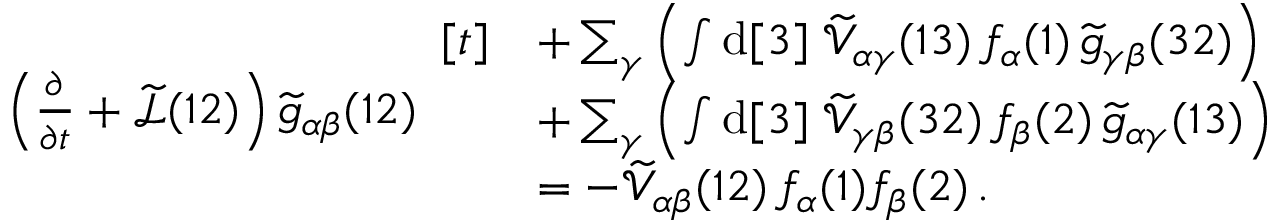
\begin{array} { r l } & { \left( \frac { \partial } { \partial t } + \widetilde { \mathcal { L } } ( 1 2 ) \right) \widetilde { g } _ { \alpha \beta } ( 1 2 ) \begin{array} { r l } { [ t ] } & { + \sum _ { \gamma } \left( \int \mathrm { d } [ 3 ] \; \widetilde { \mathcal { V } } _ { \alpha \gamma } ( 1 3 ) \, f _ { \alpha } ( 1 ) \, \widetilde { g } _ { \gamma \beta } ( 3 2 ) \right) } \\ & { + \sum _ { \gamma } \left( \int \mathrm { d } [ 3 ] \; \widetilde { \mathcal { V } } _ { \gamma \beta } ( 3 2 ) \, f _ { \beta } ( 2 ) \, \widetilde { g } _ { \alpha \gamma } ( 1 3 ) \right) } \\ & { = - \widetilde { \mathcal { V } } _ { \alpha \beta } ( 1 2 ) \, f _ { \alpha } ( 1 ) f _ { \beta } ( 2 ) \, . } \end{array} } \end{array}